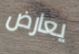
يعارض